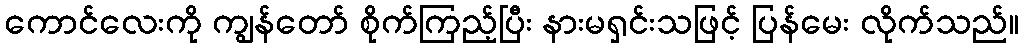
ကောင်လေးကို ကျွန်တော် စိုက်ကြည့်ပြီး နားမရှင်းသဖြင့် ပြန်မေး လိုက်သည်။